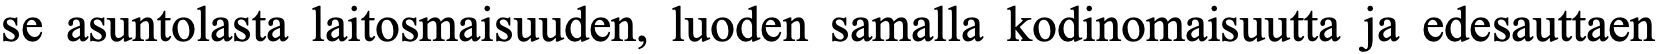
se asuntolasta laitosmaisuuden, luoden samalla kodinomaisuutta ja edesauttaen